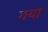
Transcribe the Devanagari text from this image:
गया